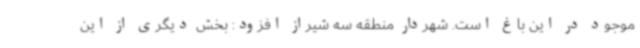
موجود در این باغ است. شهردار منطقه سه شیراز افزود: بخش دیگری از این